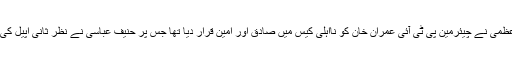
واضح رہے کہ عدالت عظمیٰ نے چیئرمین پی ٹی آئی عمران خان کو نااہلی کیس میں صادق اور امین قرار دیا تھا جس پر حنیف عباسی نے نظر ثانی اپیل کی درخواست دائر کی ہے۔